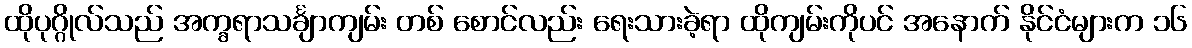
ထိုပုဂ္ဂိုလ်သည် အက္ခရာသင်္ချာကျမ်း တစ် စောင်လည်း ရေးသားခဲ့ရာ ထိုကျမ်းကိုပင် အနောက် နိုင်ငံများက ၁၆